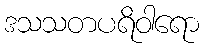
ဒသသတပရိဝါရော